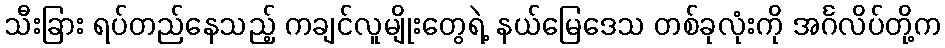
သီးခြား ရပ်တည်နေသည့် ကချင်လူမျိုးတွေရဲ့ နယ်မြေဒေသ တစ်ခုလုံးကို အင်္ဂလိပ်တို့က